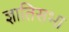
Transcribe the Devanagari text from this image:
ज्ञातिसभा